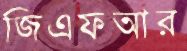
জিএফআর